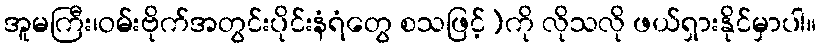
အူမကြီး၊ဝမ်းဗိုက်အတွင်းပိုင်းနံရံတွေ စသဖြင့်)ကို လိုသလို ဖယ်ရှားနိုင်မှာပါ။